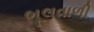
ભૂલવાળી